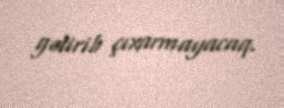
gətirib çıxarmayacaq.